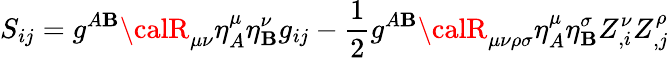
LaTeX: S_{ij}=g^{A\mathbf{B}}{\calR}_{\mu\nu}\eta_{A}^{\mu}\eta_{\mathbf{B}}^{\nu}g_{ij}-\frac{{1}}{{2}}g^{A\mathbf{B}}{\calR}_{\mu\nu\rho\sigma}\eta_{A}^{\mu}\eta_{\mathbf{B}}^{\sigma}Z_{,i}^{\nu}Z_{,j}^{\rho}